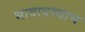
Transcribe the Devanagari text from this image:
भावावस्थाच